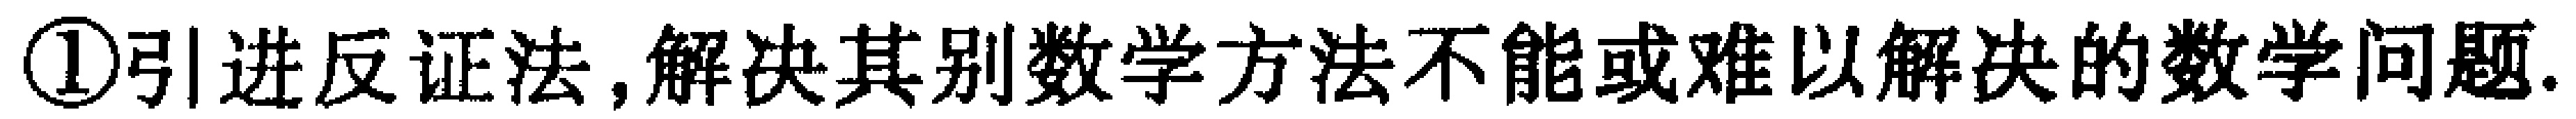
\textcircled{1}引进反证法,解决其别数学方法不能或难以解决的数学问题.